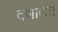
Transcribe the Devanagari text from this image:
दणाणत